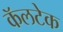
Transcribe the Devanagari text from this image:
कॅलटेक